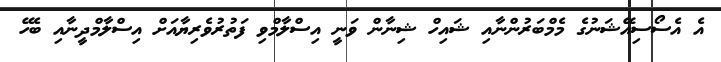
އެ އެސޯސިއޭޝަނުގެ މެމްބަރުންނާއި ޝައިހް ޝިނާން ވަނީ އިސްލާމްވި ފަތުރުވެރިޔާއަށް އިސްލާމްދީނާއި ބެހޭ